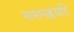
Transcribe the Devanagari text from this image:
नामानह्वयति